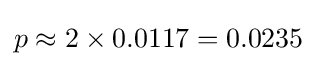
p\approx 2\times 0.0117=0.0235